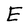
Character: E